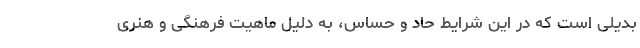
‌‌بدیلی است که در این شرایط حاد و حساس، به دلیل ماهیت فرهنگی و هنری